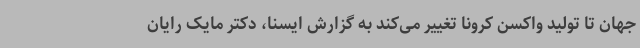
جهان تا تولید واکسن کرونا تغییر می‌کند به گزارش ایسنا، دکتر مایک رایان